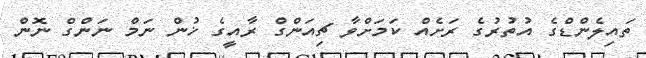
ތައިލެންޑްގެ އުތުރުގެ ރަށެއް ކަމަށްވާ ޗިއަންގް ރާއީގެ ޚުން ނަމް ނަންގް ނޮން